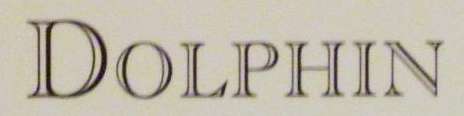
DOLPHIN